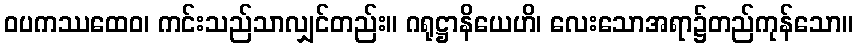
ဝပကဿထေဝ၊ ကင်းသည်သာလျှင်တည်း။ ဂရုဋ္ဌာနိယေဟိ၊ လေးသောအရာ၌တည်ကုန်သော။